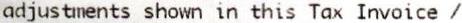
ADJUSTMENTS SHOWN IN THIS TAX INVOICE /